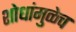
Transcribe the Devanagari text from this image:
शोधांमुळेच